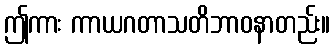
ဤကား ကာယဂတာသတိဘာဝနာတည်း။